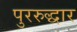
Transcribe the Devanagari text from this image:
पुररुद्धार